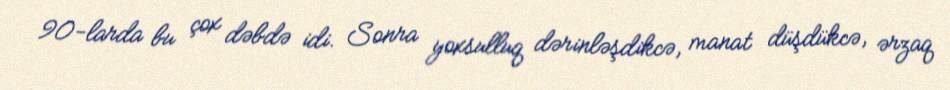
90-larda bu çox dəbdə idi. Sonra yoxsulluq dərinləşdikcə, manat düşdükcə, ərzaq